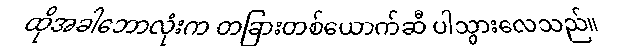
ထိုအခါဘောလုံးက တခြားတစ်ယောက်ဆီ ပါသွားလေသည်။